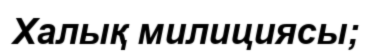
Халық милициясы;